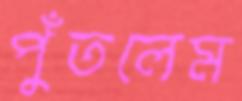
পুঁতলেম